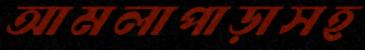
আমলাপাড়াসহ